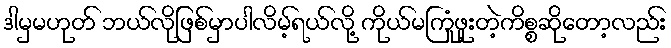
ဒါမှမဟုတ် ဘယ်လိုဖြစ်မှာပါလိမ့်ရယ်လို့ ကိုယ်မကြုံဖူးတဲ့ကိစ္စဆိုတော့လည်း